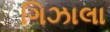
ગિઝાલા